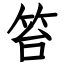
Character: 笞